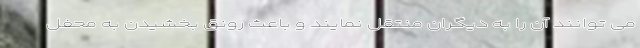
می توانند آن را به دیگران منتقل نمایند و باعث رونق بخشیدن به محفل